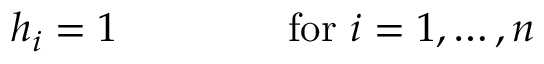
h _ { i } = 1 \, \qquad \qquad { \mathrm { f o r ~ } } i = 1 , \ldots , n